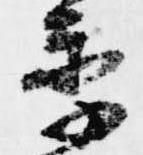
季